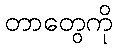
တာတွေကို